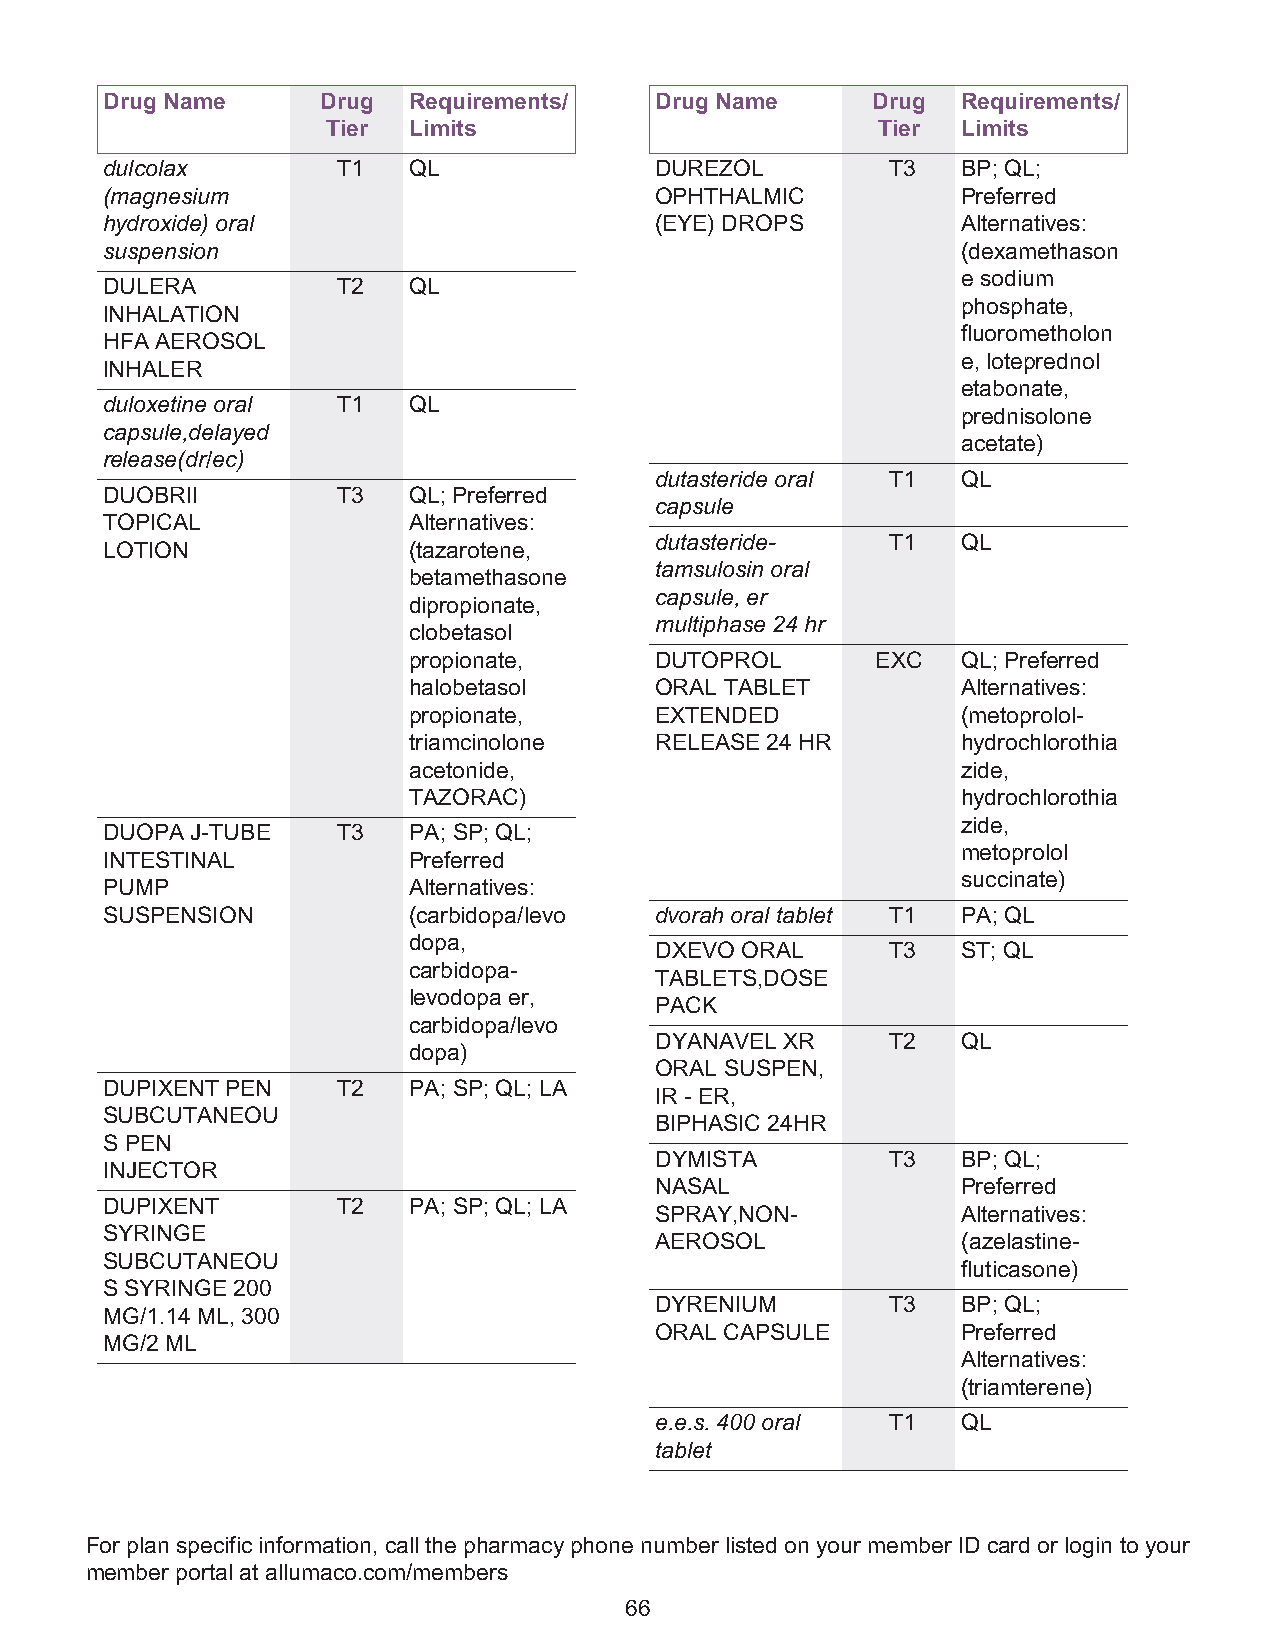
Drug Name     Drug  Requirements/   Drug Name      Drug  Requirements/
 Tier Limits                         Tier  Limits
 dulcolax       T1   QL              DUREZOL         T3   BP; QL;
 (magnesium                          OPHTHALMIC           Preferred
 hydroxide) oral                     (EYE) DROPS          Alternatives:
 suspension                                               (dexamethason
 e sodium
 DULERA         T2   QL
 phosphate,
 INHALATION
 fluorometholon
 HFA AEROSOL
 e, loteprednol
 INHALER
 etabonate,
 duloxetine oral T1  QL
 prednisolone
 capsule,delayed
 acetate)
 release(dr/ec)
 dutasteride oral T1  QL
 DUOBRII        T3   QL; Preferred
 capsule
 TOPICAL             Alternatives:
 dutasteride-    T1   QL
 LOTION              (tazarotene,
 tamsulosin oral
 betamethasone
 capsule, er
 dipropionate,
 multiphase 24 hr
 clobetasol
 propionate,     DUTOPROL       EXC   QL; Preferred
 halobetasol     ORAL TABLET          Alternatives:
 propionate,     EXTENDED             (metoprolol-
 triamcinolone   RELEASE 24 HR        hydrochlorothia
 acetonide,                           zide,
 TAZORAC)                             hydrochlorothia
 zide,
 DUOPA J-TUBE   T3   PA; SP; QL;
 metoprolol
 INTESTINAL          Preferred
 succinate)
 PUMP                Alternatives:
 SUSPENSION          (carbidopa/levo dvorah oral tablet T1 PA; QL
 dopa,
 DXEVO ORAL      T3   ST; QL
 carbidopa-
 TABLETS,DOSE
 levodopa er,
 PACK
 carbidopa/levo
 DYANAVEL XR     T2   QL
 dopa)
 ORAL SUSPEN,
 DUPIXENT PEN   T2   PA; SP; QL; LA
 IR - ER,
 SUBCUTANEOU
 BIPHASIC 24HR
 S PEN
 DYMISTA         T3   BP; QL;
 INJECTOR
 NASAL                Preferred
 DUPIXENT       T2   PA; SP; QL; LA
 SPRAY,NON-           Alternatives:
 SYRINGE
 AEROSOL              (azelastine-
 SUBCUTANEOU
 fluticasone)
 S SYRINGE 200
 DYRENIUM        T3   BP; QL;
 MG/1.14 ML, 300
 ORAL CAPSULE         Preferred
 MG/2 ML
 Alternatives:
 (triamterene)
 e.e.s. 400 oral T1   QL
 tablet
 For plan specific information, call the pharmacy phone number listed on your member ID card or login to your
 member portal at allumaco.com/members
 66